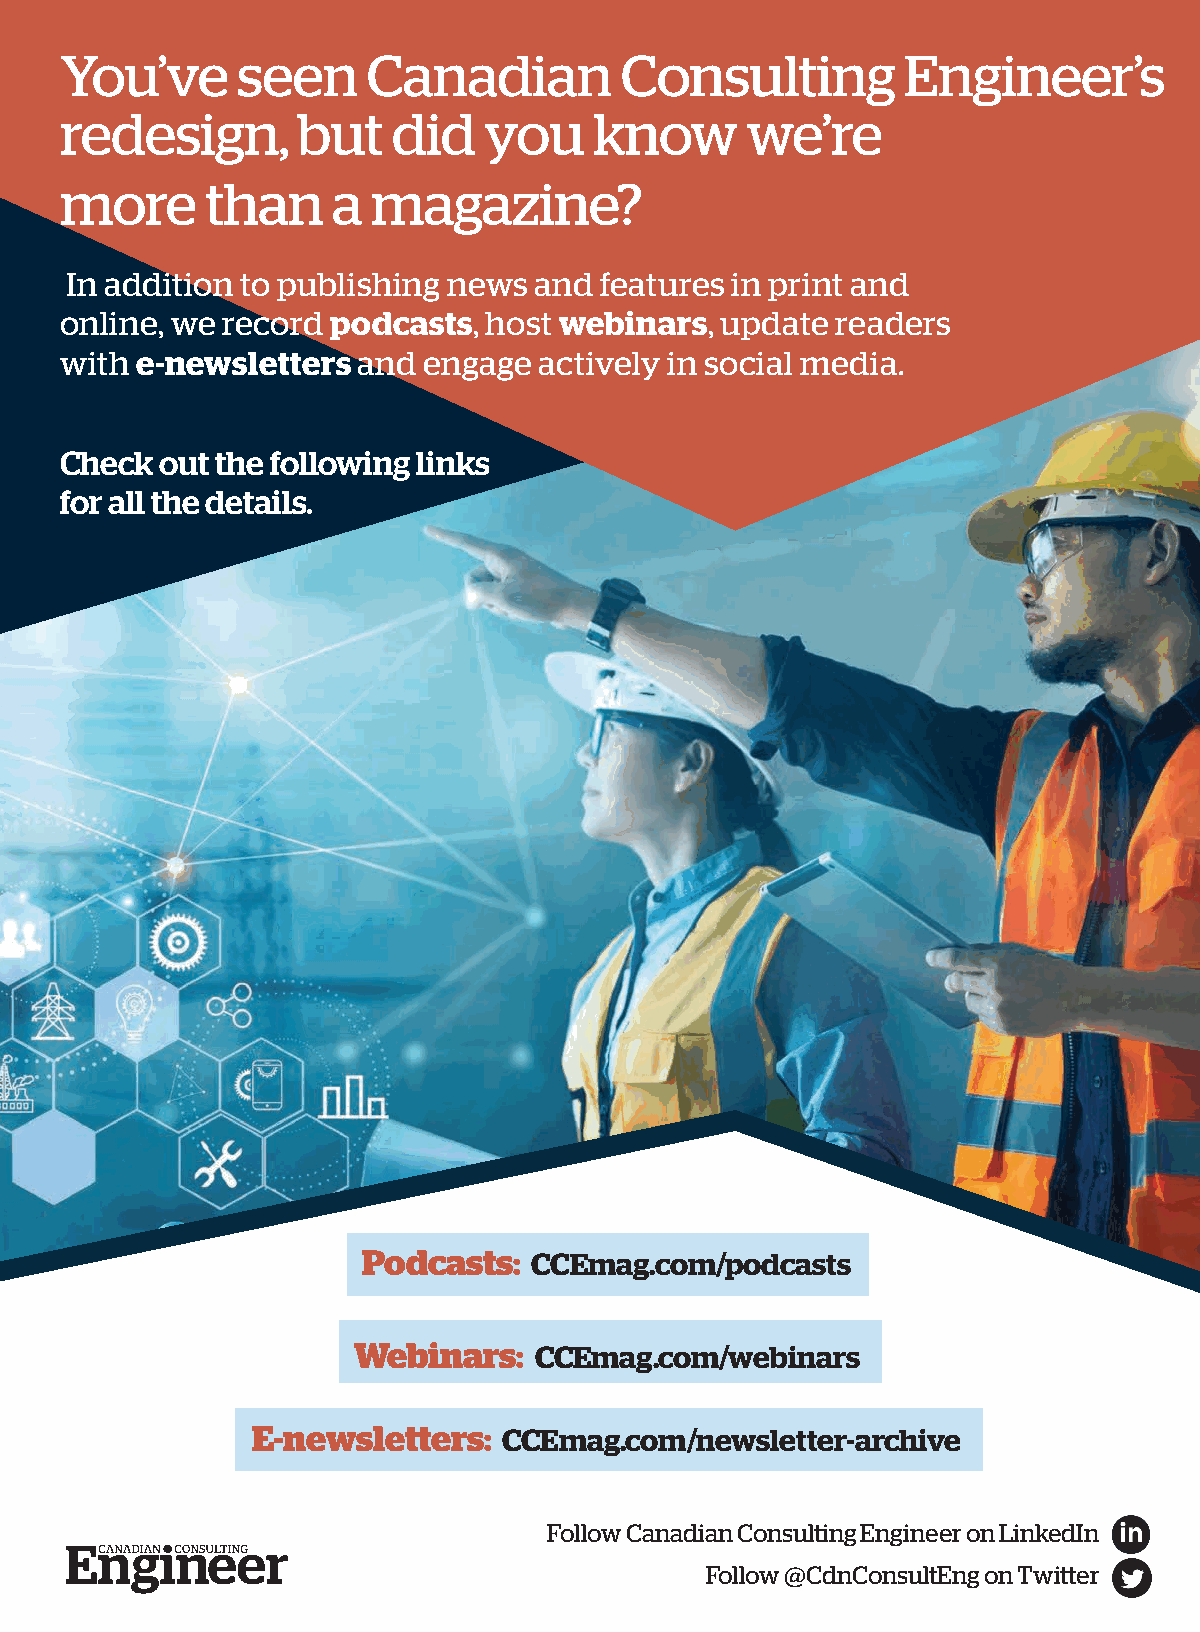
You’ve      seen    Canadian         Consulting         Engineer’s
 redesign,       but   did   you    know      we’re
 more      than    a  magazine?
 In addition to publishing news and  features in print and
 online, we record podcasts, host webinars,  update readers
 with e-newsletters  and engage  actively in social media.
 Check  out the following links
 for all the details.
 Podcasts:  CCEmag.com/podcasts
 Webinars:   CCEmag.com/webinars
 E-newsletters:  CCEmag.com/newsletter-archive
 Follow Canadian Consulting Engineer on LinkedIn
 Follow @CdnConsultEng on Twitter
 CCCCEE__HHOOUUSSEEAADD__NNOOVVDDEECC__LLAAZZ..iinndddd 11            22002211--1111--1155 1100::5533 AAMM